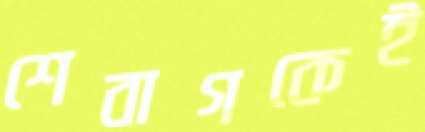
শেবাগকেই